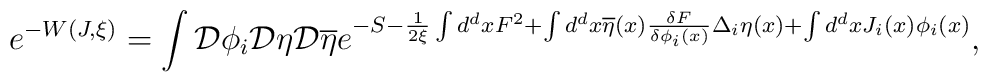
e^{-W(J,\xi )}=\int {\cal D}\phi _i{\cal D}\eta {\cal D}\overline{\eta }e^{-S-\frac 1{2\xi }\int d^dxF^2+\int d^dx\overline{\eta }(x)\frac{\delta F}{\delta \phi _i(x)}\Delta _i\eta (x)+\int d^dxJ_i(x)\phi _i(x)},